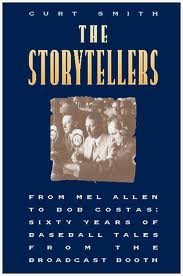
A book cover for The Storytellers: From Mel Allen to Bob Costas : Sixty Years of Baseball Tales from the Broadcast Booth; Curt Smith; Sports & Outdoors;